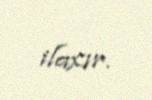
ilaxır.